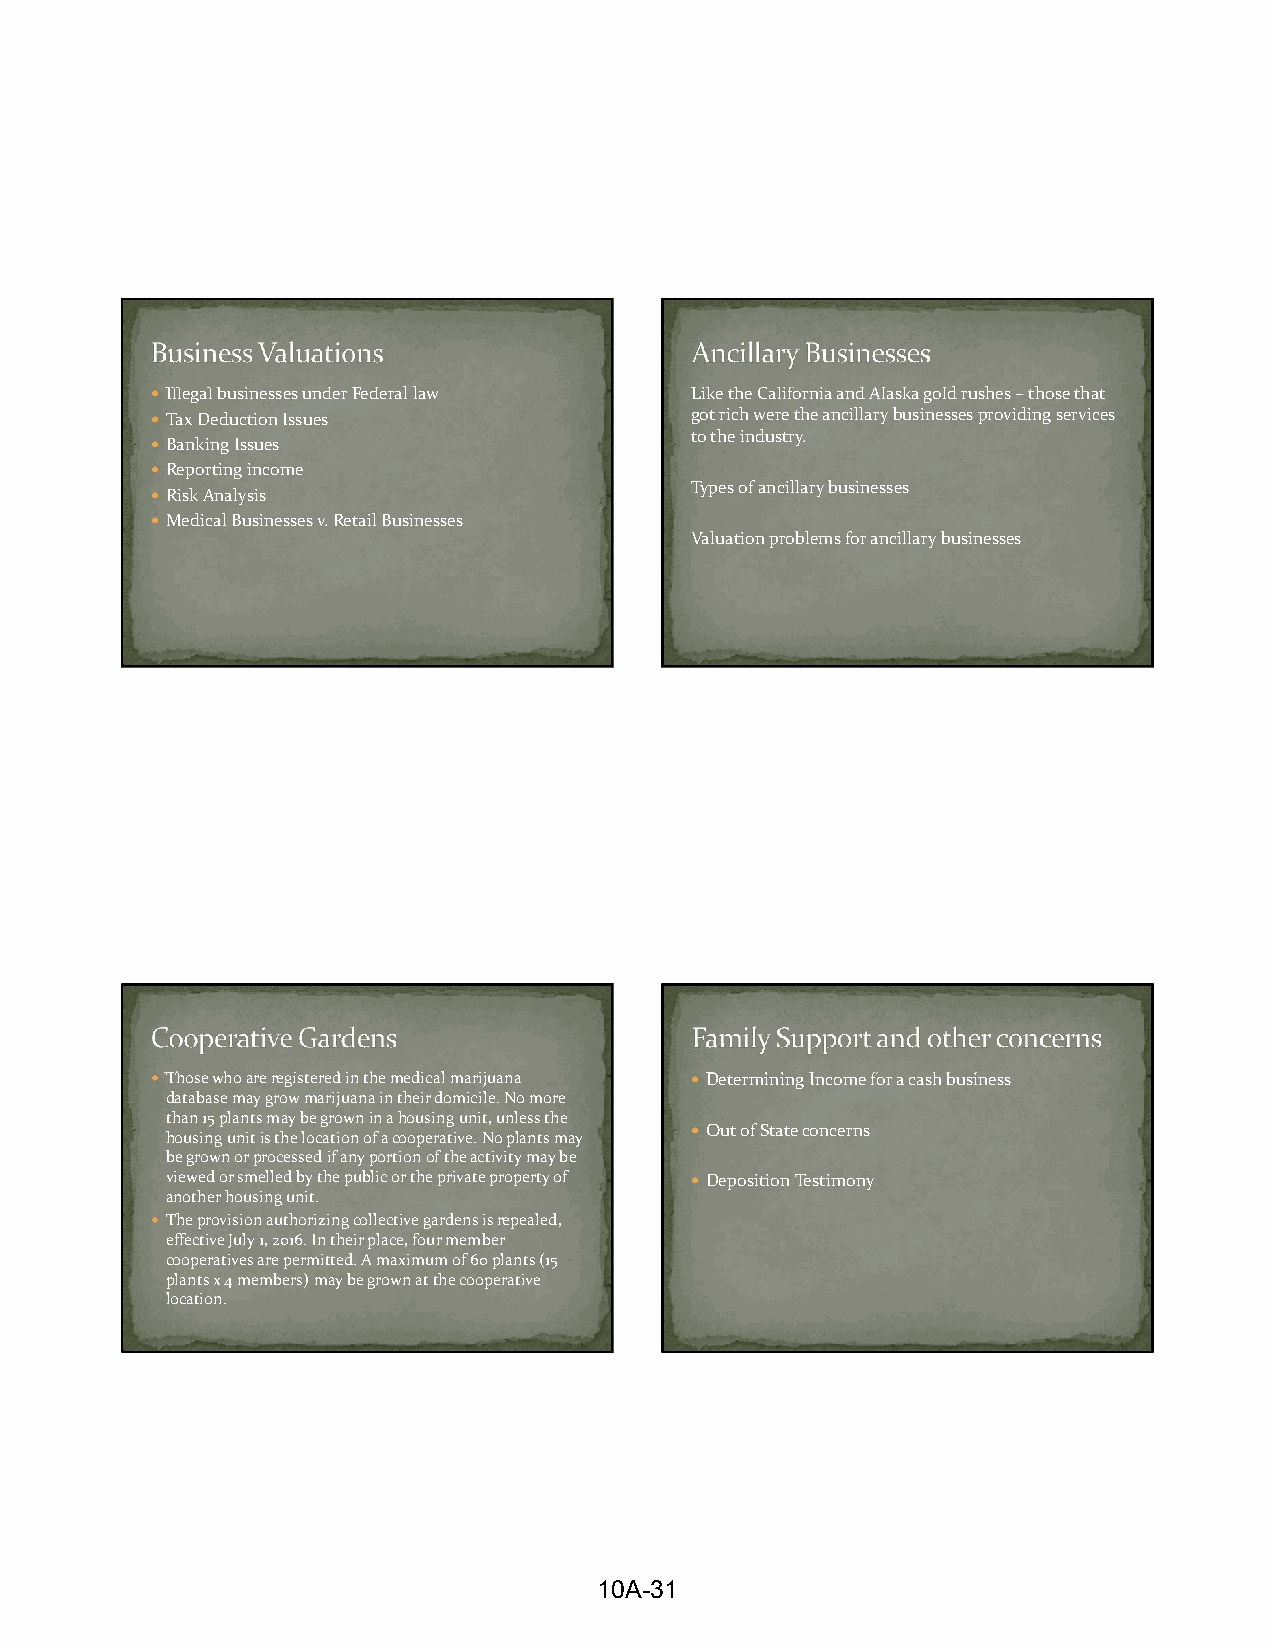
 Illegal businesses under Federal law Like the California and Alaska gold rushes –those that
  Tax Deduction Issues              got rich were the ancillary businesses providing services
 to the industry.
  Banking Issues
  Reporting income
 Types of ancillary businesses
  Risk Analysis
  Medical Businesses v. Retail Businesses
 Valuation problems for ancillary businesses
  Those who are registered in the medical marijuana  Determining Income for a cash business
 database may grow marijuana in their domicile. No more
 than 15 plants may be grown in a housing unit, unless the
  Out of State concerns
 housing unit is the location of a cooperative. No plants may
 be grown or processed if any portion of the activity may be
 viewed or smelled by the public or the private property of  Deposition Testimony
 another housing unit.
  The provision authorizing collective gardens is repealed,
 effective July 1, 2016. In their place, four member
 cooperatives are permitted. A maximum of 60 plants (15
 plants x 4 members) may be grown at the cooperative
 location.
 10A-31